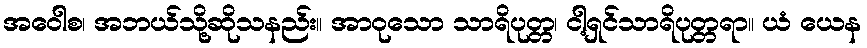
အဝေါစ၊ အဘယ်သို့ဆိုသနည်း။ အာဝုသော သာရိပုတ္တ၊ ငါ့ရှင်သာရိပုတ္တရာ။ ယံ ယေန